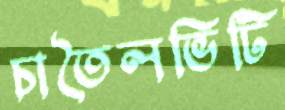
চাতৈলভিটি